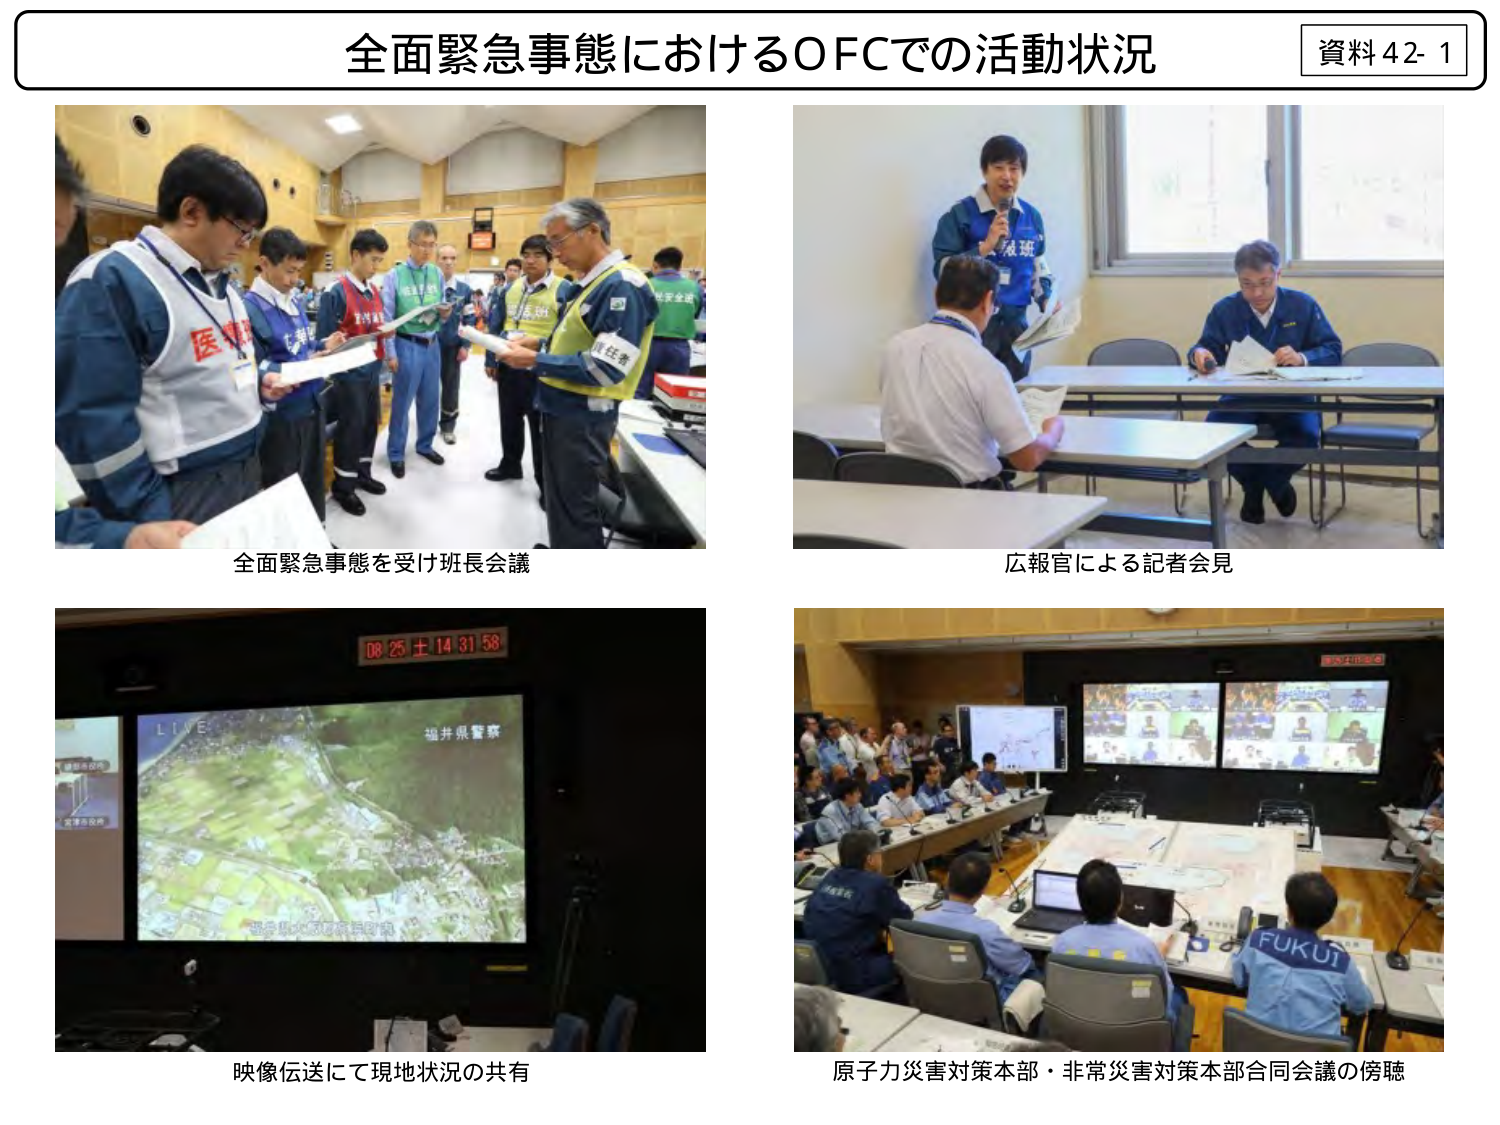
全面緊急事態におけるOFCでの活動状況
資料42-1

全面緊急事態を受け班長会議
広報官による記者会見

映像伝送にて現地状況の共有
原子力災害対策本部・非常災害対策本部合同会議の傍聴

LIVE
福井県警察
08 25 土 14 31 58
FUKUI